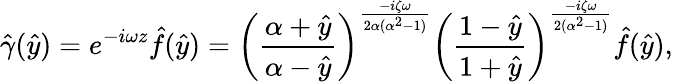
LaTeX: \hat{\gamma}(\hat{y})=e^{-i\omega z}\hat{f}(\hat{y})=\left(\frac{\alpha+\hat{y}}{\alpha-\hat{y}}\right)^{\frac{-i\zeta\omega}{2\alpha(\alpha^{2}-1)}}\left(\frac{1-\hat{y}}{1+\hat{y}}\right)^{\frac{-i\zeta\omega}{2(\alpha^{2}-1)}}\hat{f}(\hat{y}),